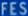
FFES